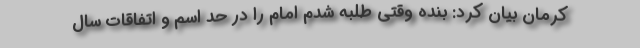
کرمان بیان کرد: بنده وقتی طلبه شدم امام را در حد اسم و اتفاقات سال